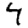
Digit: 4